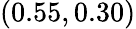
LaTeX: (0.55,0.30)